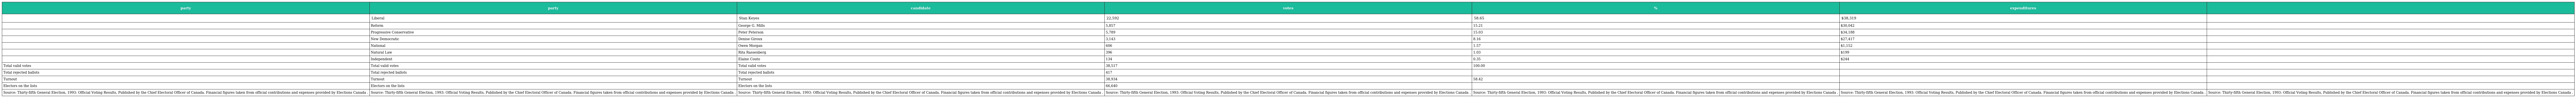
| party | party | candidate | votes | % | expenditures |  |
 | --- | --- | --- | --- | --- | --- | --- |
 |  | Liberal | Stan Keyes | 22,592 | 58.65 | $38,319 |  |
 |  | Reform | George G. Mills | 5,857 | 15.21 | $30,042 |  |
 |  | Progressive Conservative | Peter Peterson | 5,789 | 15.03 | $34,188 |  |
 |  | New Democratic | Denise Giroux | 3,143 | 8.16 | $27,417 |  |
 |  | National | Owen Morgan | 606 | 1.57 | $1,152 |  |
 |  | Natural Law | Rita Rassenberg | 396 | 1.03 | $199 |  |
 |  | Independent | Elaine Couto | 134 | 0.35 | $244 |  |
 | Total valid votes | Total valid votes | Total valid votes | 38,517 | 100.00 |  |  |
 | Total rejected ballots | Total rejected ballots | Total rejected ballots | 417 |  |  |  |
 | Turnout | Turnout | Turnout | 38,934 | 58.42 |  |  |
 | Electors on the lists | Electors on the lists | Electors on the lists | 66,640 |  |  |  |
 | Source: Thirty-fifth General Election, 1993: Official Voting Results, Published by the Chief Electoral Officer of Canada. Financial figures taken from official contributions and expenses provided by Elections Canada . | Source: Thirty-fifth General Election, 1993: Official Voting Results, Published by the Chief Electoral Officer of Canada. Financial figures taken from official contributions and expenses provided by Elections Canada . | Source: Thirty-fifth General Election, 1993: Official Voting Results, Published by the Chief Electoral Officer of Canada. Financial figures taken from official contributions and expenses provided by Elections Canada . | Source: Thirty-fifth General Election, 1993: Official Voting Results, Published by the Chief Electoral Officer of Canada. Financial figures taken from official contributions and expenses provided by Elections Canada . | Source: Thirty-fifth General Election, 1993: Official Voting Results, Published by the Chief Electoral Officer of Canada. Financial figures taken from official contributions and expenses provided by Elections Canada . | Source: Thirty-fifth General Election, 1993: Official Voting Results, Published by the Chief Electoral Officer of Canada. Financial figures taken from official contributions and expenses provided by Elections Canada . | Source: Thirty-fifth General Election, 1993: Official Voting Results, Published by the Chief Electoral Officer of Canada. Financial figures taken from official contributions and expenses provided by Elections Canada . |